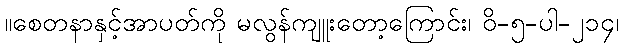
။စေတနာနှင့်အာပတ်ကို မလွန်ကျူးတော့ကြောင်း၊ ဝိ-၅-ပါ-၂၁၄၊